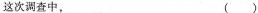
这次调查中。 ( )